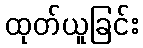
ထုတ်ယူခြင်း